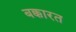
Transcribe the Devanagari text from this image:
बक्कारत